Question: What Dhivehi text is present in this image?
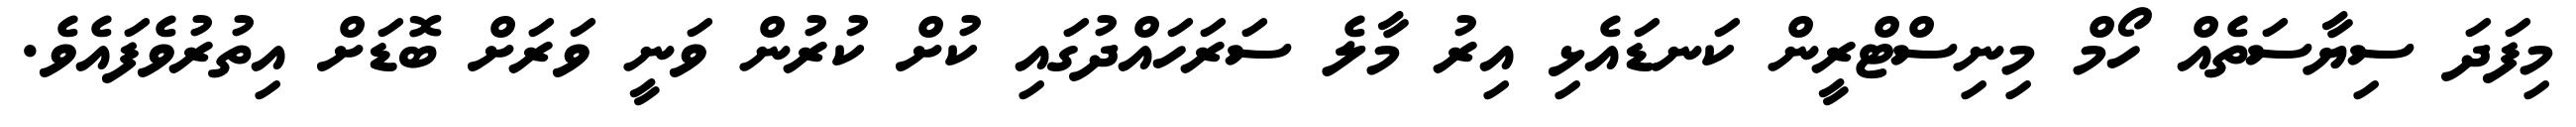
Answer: މިފަދަ ސިޔާސަތެއް ހޯމް މިނިސްޓްރީން ކަނޑައެޅި އިރު މާލެ ސަރަހައްދުގައި ކުށް ކުރުން ވަނީ ވަރަށް ބޮޑަށް އިތުރުވެފައެވެ.